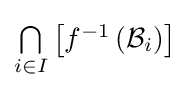
{\textstyle \bigcap \limits _{i\in I}\left[f^{-1}\left({\mathcal {B}}_{i}\right)\right]}